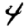
Digit: 4